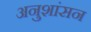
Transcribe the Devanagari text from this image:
अनुशांसन